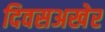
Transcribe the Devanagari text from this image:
दिवसअखेर